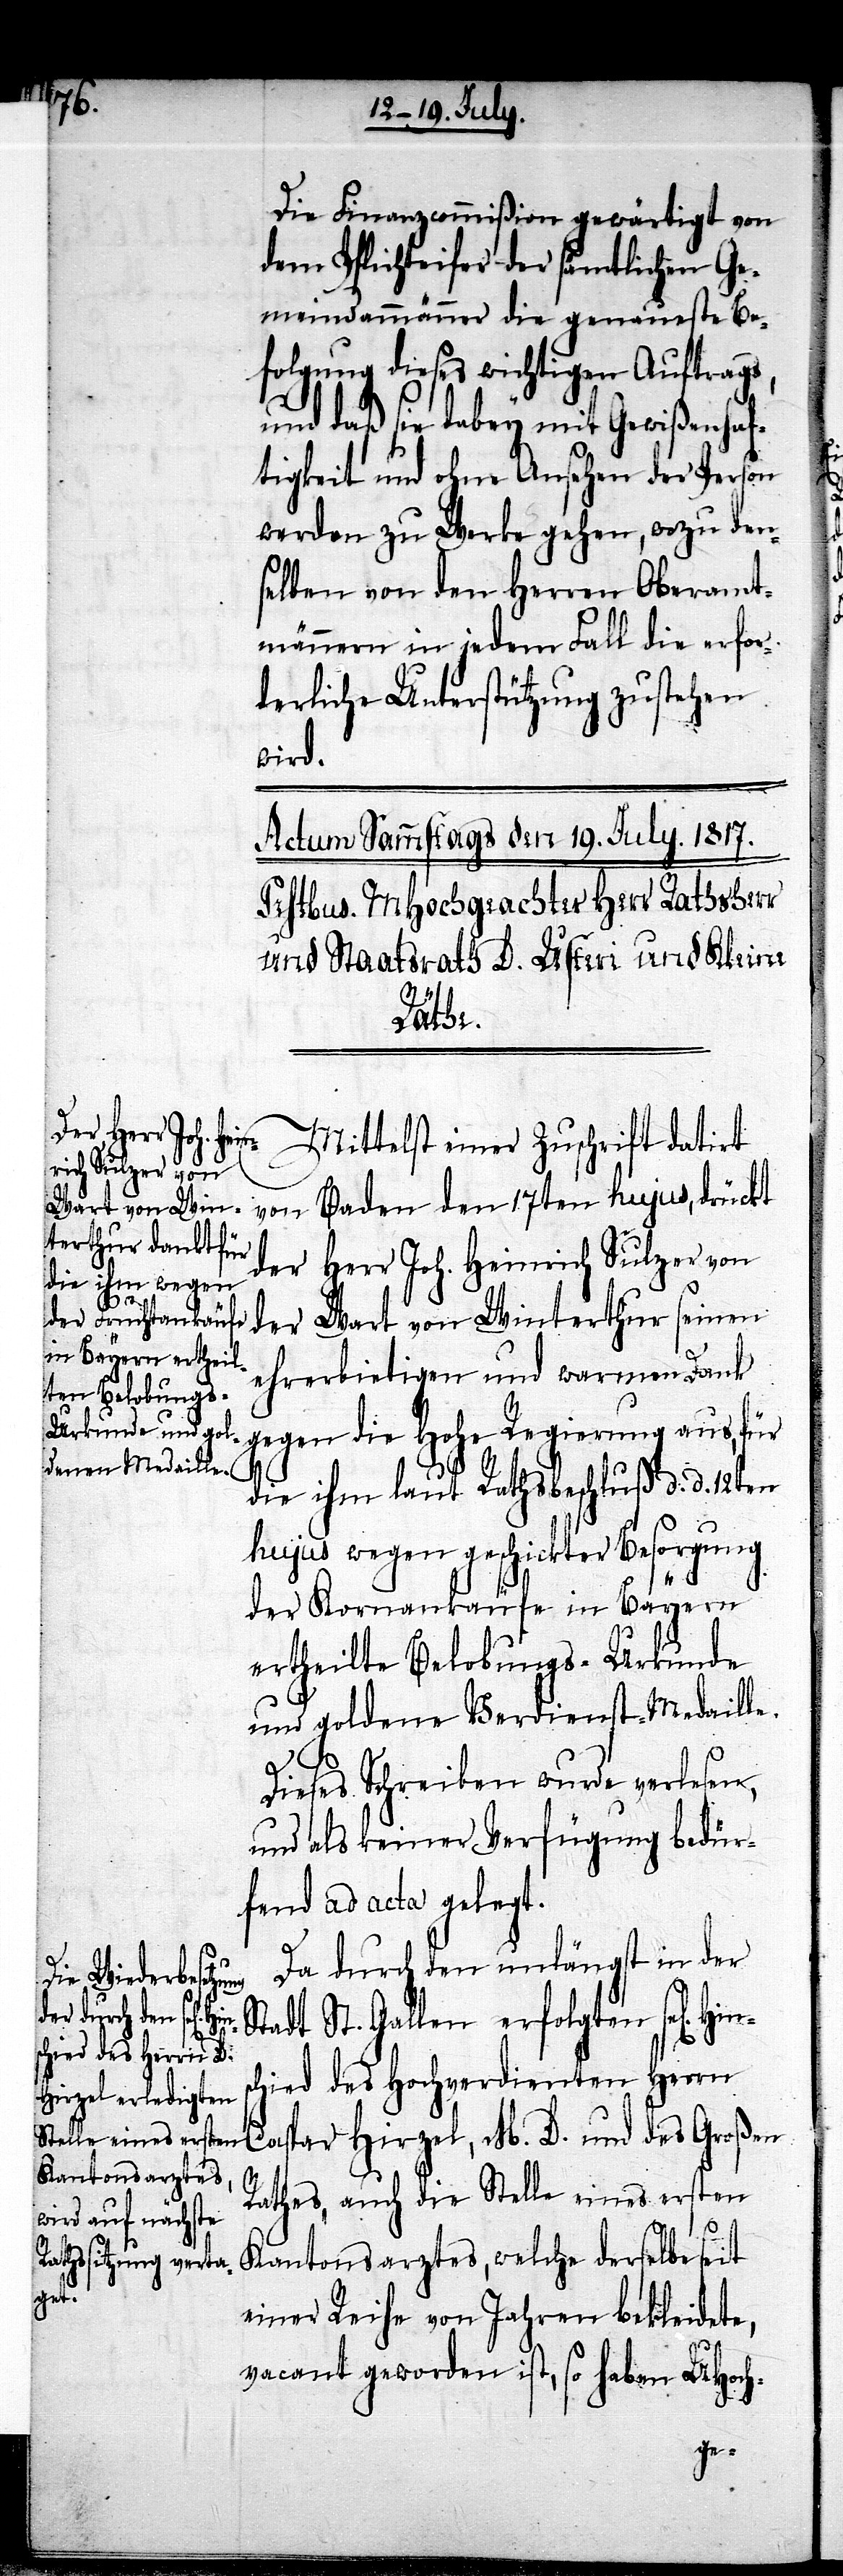
Hins¬

Die Finanzcommißion gewärtigt von
dem Pflichteifer der sämtlichen Ge¬
meindammänner die genaueste Be¬
folgung dieses wichtigen Auftrags,
und daß sie dabey mit Gewißenhaf¬
tigkeit und ohne Ansehen der Person
werden zu Werke gehen, wozu den¬
selben von den Herren Oberamt¬
männern in jedem Fall die erfor¬
derliche Unterstützung zustehen
wird.
Mittelst einer Zuschrift datirt
von Baden den 17ten hujus, drückt
der Herr Joh. Heinrich Sulzer von
der Wart von Winterthur seinen
ehrerbietigen und warmen Dank
gegen die hohe Regierung aus, für
die ihm laut Rathsbeschluß d. d. 12ten
hujus wegen geschickter Besorgung
der Kornankäufe in Bayern
ertheilte Belobungs-Urkunde
und goldene Verdienst-Medaille.
Dieses Schreiben wurde verlesen,
und als keiner Verfügung bedür¬
fend ad acta gelegt.
Da durch den unlängst in der
Stadt St. Gallen erfolgten sel[i¬
chied des Hochverdienten Herrn
Caspar Hirzel, M. D. und des Großen
Rathes, auch die Stelle eines ersten
Kantonsarztes, welche derselbe seit
einer Reihe von Jahren bekleidete,
vacant geworden ist, so haben UHoch-